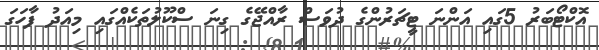
އޮކްޓޯބަރު 5ގައި އަންނަ ޓީޗަރުންގެ ދުވަސް ރާއްޖޭގެ ގިނަ ސްކޫލުތަކެއްގައި މިއަދު ފާހަގަ